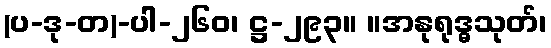
(ပ-ဒု-တ)-ပါ-၂၆၀၊ ဋ္ဌ-၂၉၃။ ။အနုရုဒ္ဓသုတ်၊